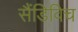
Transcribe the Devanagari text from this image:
सैंडिविच